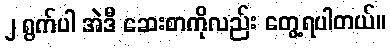
၂ ရွက်ပါ အဲဒီ ဆေးစာကိုလည်း တွေ့ရပါတယ်။